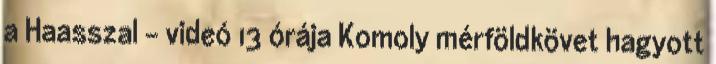
a Haasszal - videó 13 órája Komoly mérföldkövet hagyott